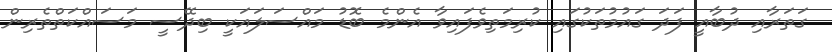
ގަތަރާއި ދުބާއީ ފަދަ ގައުމުތަކުގައި ކުރިމަތިވެފައިވާ އެންމެ ބޮޑު މައްސަލައަކީ ބިދޭސީ މަސައްކަތްތެރިން